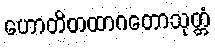
ဟောတိတထာဂတောသုတ္တံ